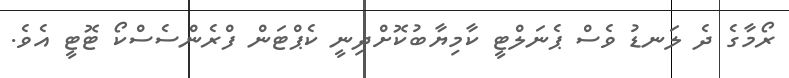
ރޯމާގެ ދެ ލަނޑު ވެސް ޕެނަލްޓީ ކާމިޔާބުކޮށްދިނީ ކެޕްޓަން ފްރެންސެސްކޯ ޓޮޓީ އެވެ.